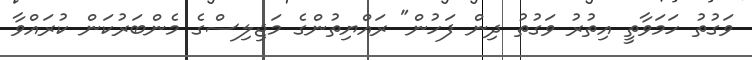
ވަގުތު ހަމަވާތީ އިތުރު ވަގުތު ދިން ފަހުން" ރައްޔިތުންގެ މަޖިލިސްގެ މެންބަރުކަން ކުރައްވާ